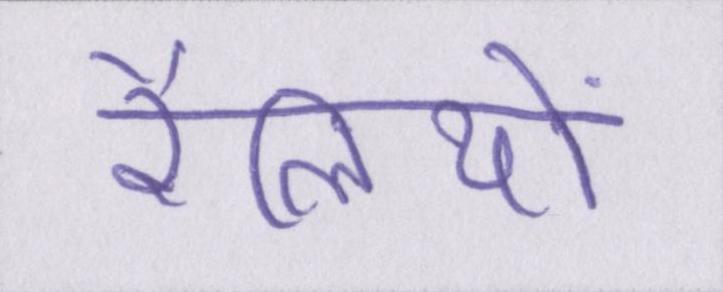
रैलियों